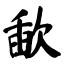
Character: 歃